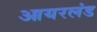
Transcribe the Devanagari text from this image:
आयरलंड